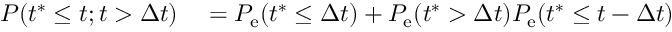
\begin{array} { r l } { P ( t ^ { \ast } \leq t ; t > \Delta t ) } & { { } = P _ { \mathrm { e } } ( t ^ { \ast } \leq \Delta t ) + P _ { \mathrm { e } } ( t ^ { \ast } > \Delta t ) P _ { \mathrm { e } } ( t ^ { \ast } \leq t - \Delta t ) } \end{array}